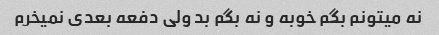
نه میتونم بگم خوبه و نه بگم بد ولی دفعه بعدی نمیخرم